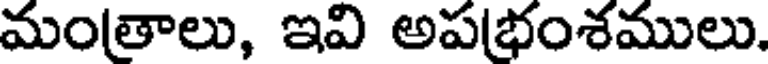
మంతాలు, ఇవి అపభంశములు.